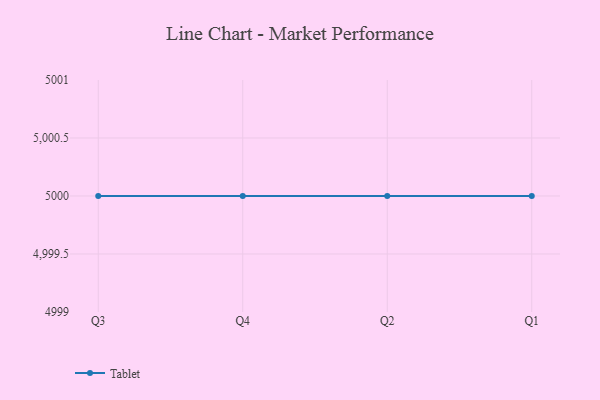
{"axis": {"x": "Quarter", "y": "Headcount"}, "legend": ["Tablet"], "data": [{"x": "Q3", "y": 5000, "type": "Tablet"}, {"x": "Q4", "y": 5000, "type": "Tablet"}, {"x": "Q2", "y": 5000, "type": "Tablet"}, {"x": "Q1", "y": 5000, "type": "Tablet"}]}